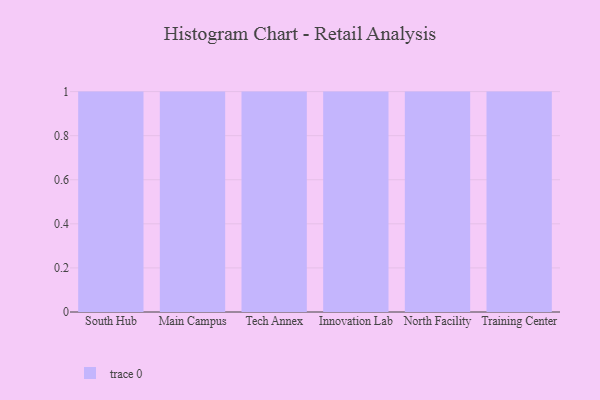
{"axis": {"x": "Campus", "y": "Market Share (%)"}, "legend": [""], "data": [{"x": "South Hub", "y": 72, "type": ""}, {"x": "Main Campus", "y": 3, "type": ""}, {"x": "Tech Annex", "y": 6, "type": ""}, {"x": "Innovation Lab", "y": 99, "type": ""}, {"x": "North Facility", "y": 12, "type": ""}, {"x": "Training Center", "y": 80, "type": ""}]}